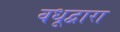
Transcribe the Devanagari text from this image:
वधूद्वारा